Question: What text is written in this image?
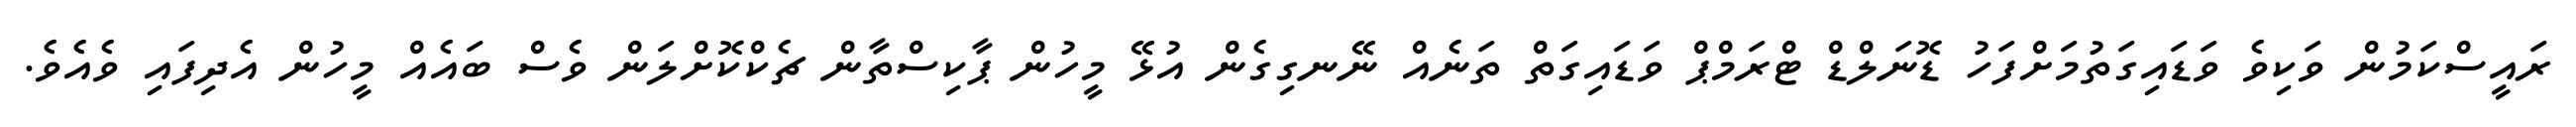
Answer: ރައީސްކަމުން ވަކިވެ ވަޑައިގަތުމަށްފަހު ޑޮނަލްޑް ޓްރަމްޕް ވަޑައިގަތް ތަނެއް ނޭނގިގެން އުޅޭ މީހުން ޕާކިސްތާން ޗެކްކޮށްލަން ވެސް ބައެއް މީހުން އެދިފައި ވެއެވެ.